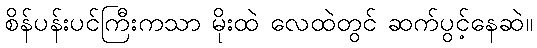
စိန်ပန်းပင်ကြီးကသာ မိုးထဲ လေထဲတွင် ဆက်ပွင့်နေဆဲ။